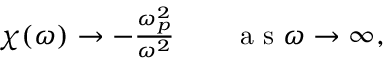
\begin{array} { r } { \chi ( \omega ) \rightarrow - \frac { \omega _ { p } ^ { 2 } } { \omega ^ { 2 } } \qquad \textrm { a s } \omega \rightarrow \infty , } \end{array}